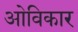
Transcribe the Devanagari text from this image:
ओविकार